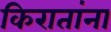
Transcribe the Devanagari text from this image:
किरातांना